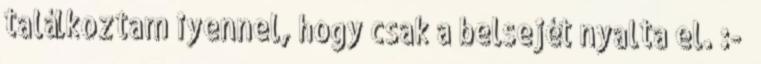
találkoztam iyennel, hogy csak a belsejét nyalta el. :-